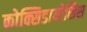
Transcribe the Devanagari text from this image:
कोक्सिडायोसिस